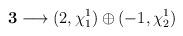
LaTeX: \begin{align*}{\bf 3} \longrightarrow (2,\chi_{1}^{1}) \oplus (-1,\chi_{2}^{1})\end{align*}